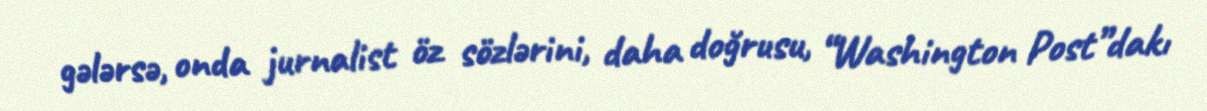
gələrsə, onda jurnalist öz sözlərini, daha doğrusu, “Washington Post”dakı